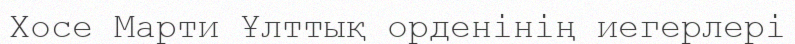
Хосе Марти Ұлттық орденінің иегерлері